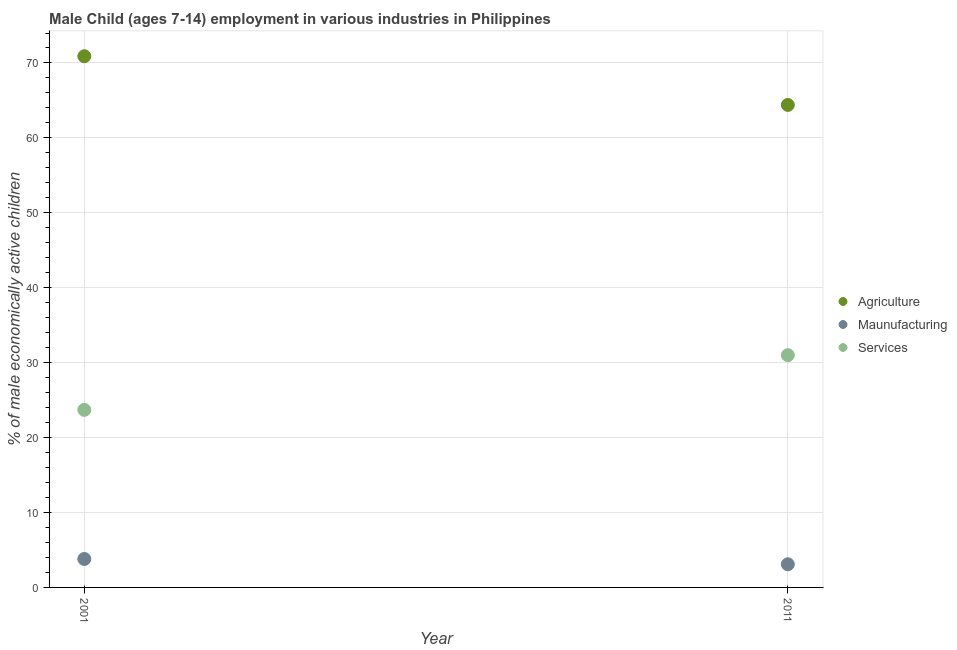
| Year | Agriculture | Maunufacturing | Services |
 | --- | --- | --- | --- |
 | 2001 | 70.9 | 3.8 | 23.7 |
 | 2011 | 64.4 | 3.09 | 31 |